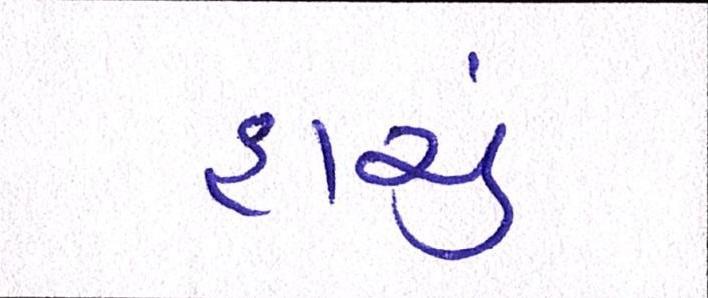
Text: હાચું